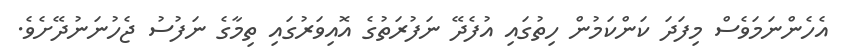
އެހެންނަމަވެސް މިފަދަ ކަންކަމުން ހިތުގައި އުފެދޭ ނަފުރަތުގެ އޮއިވަރުގައި ތިމާގެ ނަފުސު ޖެހުނަނުދޭށެވެ.